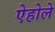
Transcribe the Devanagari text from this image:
ऐहोले